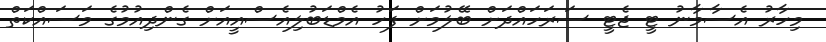
މިހާރު އެސާމާނު ޓީ ޖެޓީ ސަރަހައްދަށް ބޭލުމަށް ފަހު އެމްޑަބުލިއެސްއީއަށް ގެންދިއުމުގެ މަސައްކަތް